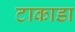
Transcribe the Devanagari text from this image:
टाकाडा